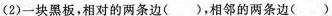
(2)一块黑板，相对的两条边()，相邻的两条边()。